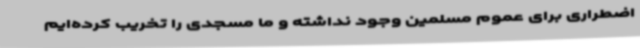
اضطراری برای عموم مسلمین وجود نداشته و ما مسجدی را تخریب کرده‌ایم